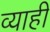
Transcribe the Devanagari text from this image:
व्‍याही